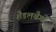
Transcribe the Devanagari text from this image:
शैडलबैगों